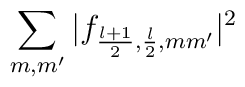
\sum_{m,m'}|f_{\frac{l+1}{2},\frac{l}{2},mm'}|^2